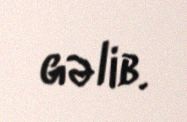
gəlib.